Calcutta medical institutions reports 1871-78
Year: 1871
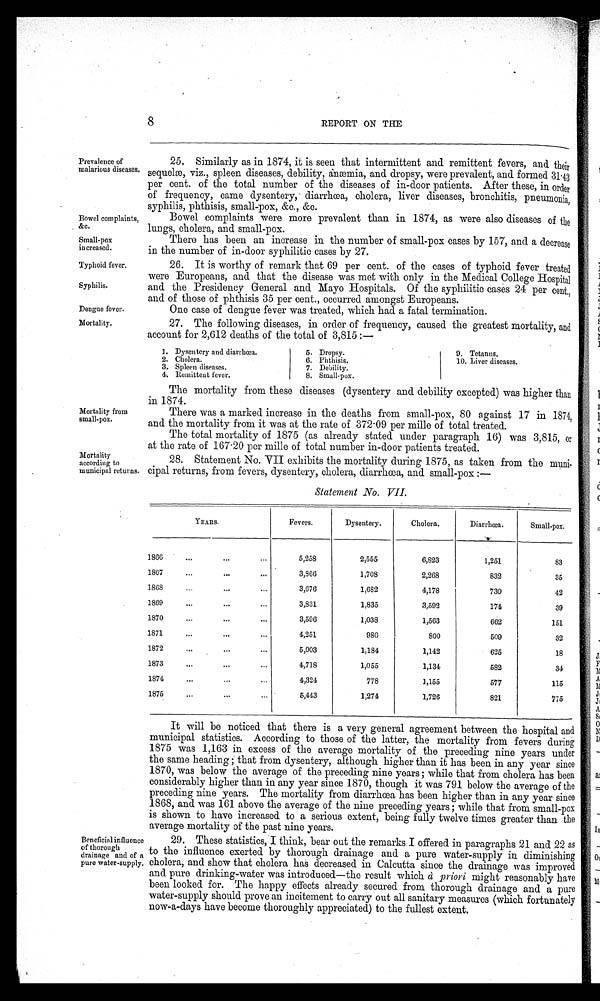
Prevalence of
malarious diseases.
Bowel complaints,
&c.
Small-pox
in creased.
Typhoid fever.
Syphilis.
Dengue fever.
Mortality.
8
REPORT ON THE
25. Similarly as in 1874, it is seen that intermittent and remittent fevers, and their
sequelm, viz., spleen diseases, debility, anaemia, and dropsy, were prevalent, and formed 31'43
per cent. of the total number of the diseases of in-door patients. After these, in order
of frequency, came dysentery,. diarrhoea, cholera, liver diseases, bronchitis, pneumonia,
syphilis, phthisis, small-pox, &c., &e.
Bowel complaints were more prevalent than in 1874, as were also diseases of the
lungs, cholera, and small-pox.
There has been an increase in the number of small-pox cases by 157, and a decrease
in the number of in-door syphilitic cases by 27.
26. It is worthy of remark that 69 per cent. of the cases of typhoid fever treated
were Europeans, and that the disease was met with only in. the Medical College Hospital
and the Presidency General and Mayo Hospitals. Of the syphilitic cases 24 per cent.,
and of those of phthisis 35 per cent., occurred amongst Europeans.
One case of dengue fever was treated, which had a fatal termination.
27. The following diseases, in order of frequency, caused the greatest mortality, and
account for 2,612 deaths of the total of 3,815 :-
1. Dysentery and diarrhoea.
5. Dropsy.
9. Tetanus.
2. Cholera.
6. Phthisis.
10. Liver diseases.
3. Spleen diseases.
7. Debility.
4. Remittent fever.
8. Small-pox.
Mortality from
small-pox.
Mortality
according to
municipal returns.
The mortality from these diseases (dysentery and debility excepted) was higher than
in 1874.
There was a marked increase in the deaths from small-pox, 80 against 17 in 1874,
and the mortality from it was at the rate of 372-09 per mile of total treated.
The total mortality of 1875 (as already stated under paragraph 16) was 3,815, or
at the rate of 167 . 20 per mile of total number in-door patients treated.
28. Statement No. VII exhibits the mortality during 1875, as taken from the muni-
cipal returns, from fevers, dysentery, cholera, diarrhoea, and small-pox :-
Statement No. VII.
YEARS.
Fevers.
Dysentery.
Cholera.
Diarrhea.
Small-pox.
...
1800
...
...
5,25S
2,555
6,823
1,251
83
1867...
".
3,866
1,708
2,268
832
35
...
HOS...
3,676
1,682
4,178
730
42
...
1869
...
...
3,831
1,835
3,592
174
39
...
1870
...
...
3,596
1,038
1,563
662
151
1871
...
...
...
4,251
980
800
509
32
1872
...
...
...
5,003
1,184
1,142
625
18
...
...
18734,718
1,055
1,134
582
34
...
...
18744,324
778
1,155
577
115
...
...
...
18755,443
1,274
1,726
821
775
Beneficial influence
of thorough
drainage and of a
pure water-supply.
It will be noticed that there is a very general agreement between the hospital and
municipal statistics. According to those of the latter, the mortality from fevers during
1875 was 1,163 in excess of the average mortality of the preceding nine years under
the same heading ; that from dysentery, although higher than it has been in any year since
1870, was below the average of the preceding nine years ; while that from cholera has been
considerably higher than in any year since 1870, though it was 791 below the average of the
preceding nine years. The mortality from diarrhoea has been higher than in any year since
1868, and was 161 above the average of the nine preceding years ; while that from small-pox
is shown to have increased to a serious extent, being fully twelve times greater than the
average mortality of the past nine years.
29. These statistics, I think, bear out the remarks I offered in paragraphs 21 and 22 as
to the influence exerted by thorough drainage and a pure water-supply in diminishing
cholera, and show that cholera has decreased in Calcutta since the drainage was improved
and pure drinking-water was introduced-the result which d priori might reasonably have
been looked for. The happy effects already secured from thorough drainage and a pure
water-supply should prove an incitement to carry out all sanitary measures (which fortunately
now-a-days have become thoroughly appreciated) to the fullest extent.